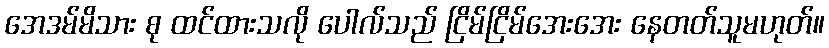
အေဒမ်မိသား စု ထင်ထားသလို ပေါလ်သည် ငြိမ်ငြိမ်အေးအေး နေတတ်သူမဟုတ်။